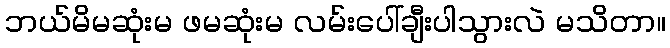
ဘယ်မိမဆုံးမ ဖမဆုံးမ လမ်းပေါ်ချီးပါသွားလဲ မသိတာ။